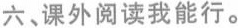
六、课外阅读我能行。